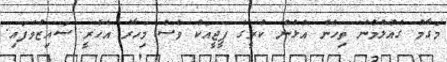
މަގާމު ގެއްލުމުން ތިހެން އުޅުނު ކުރީގެ ޕީޖީއަކު ވެސް މިހާރު އެހެރީ ސައިޒުވެފައި.